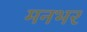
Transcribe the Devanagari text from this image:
मनभर